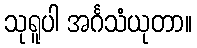
သုရူပါ အင်္ဂသံယုတာ။